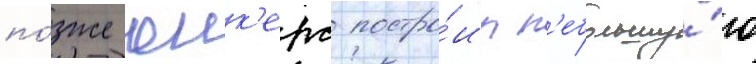
по́зже юнк'ерс постро́ил н'ебольшу́ю